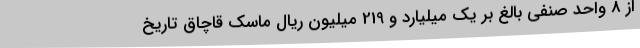
از 8 واحد صنفی بالغ بر یک میلیارد و 219 میلیون ریال ماسک قاچاق تاریخ